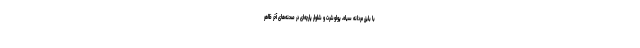
با بلیزر مردانه سیاه، پولوشرت و شلوار پارچه‌ای در صحنه‌های آخر ظاهر